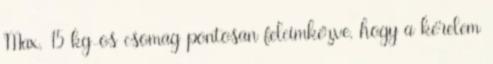
Max. 15 kg-os csomag pontosan felcímkézve, hogy a kérelem